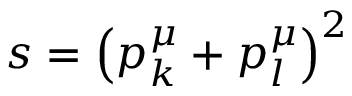
s = \left( p _ { k } ^ { \mu } + p _ { l } ^ { \mu } \right) ^ { 2 }